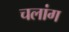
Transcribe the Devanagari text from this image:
चलांग